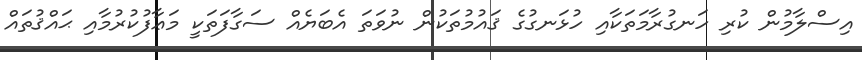
އިސްލާމުން ކުރި ހަނގުރާމަތަކާއި ހުޅަނގުގެ ޤައުމުތަކުން ނުވަތަ އެބަޔެއް ސަގާފަތަކީ މަޢާފުކުރުމާއި ޙައްޤުތައް